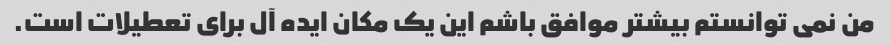
من نمی توانستم بیشتر موافق باشم این یک مکان ایده آل برای تعطیلات است.